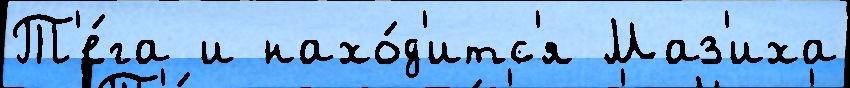
Т'е́га и нахо́д'итс'я Маз'иха